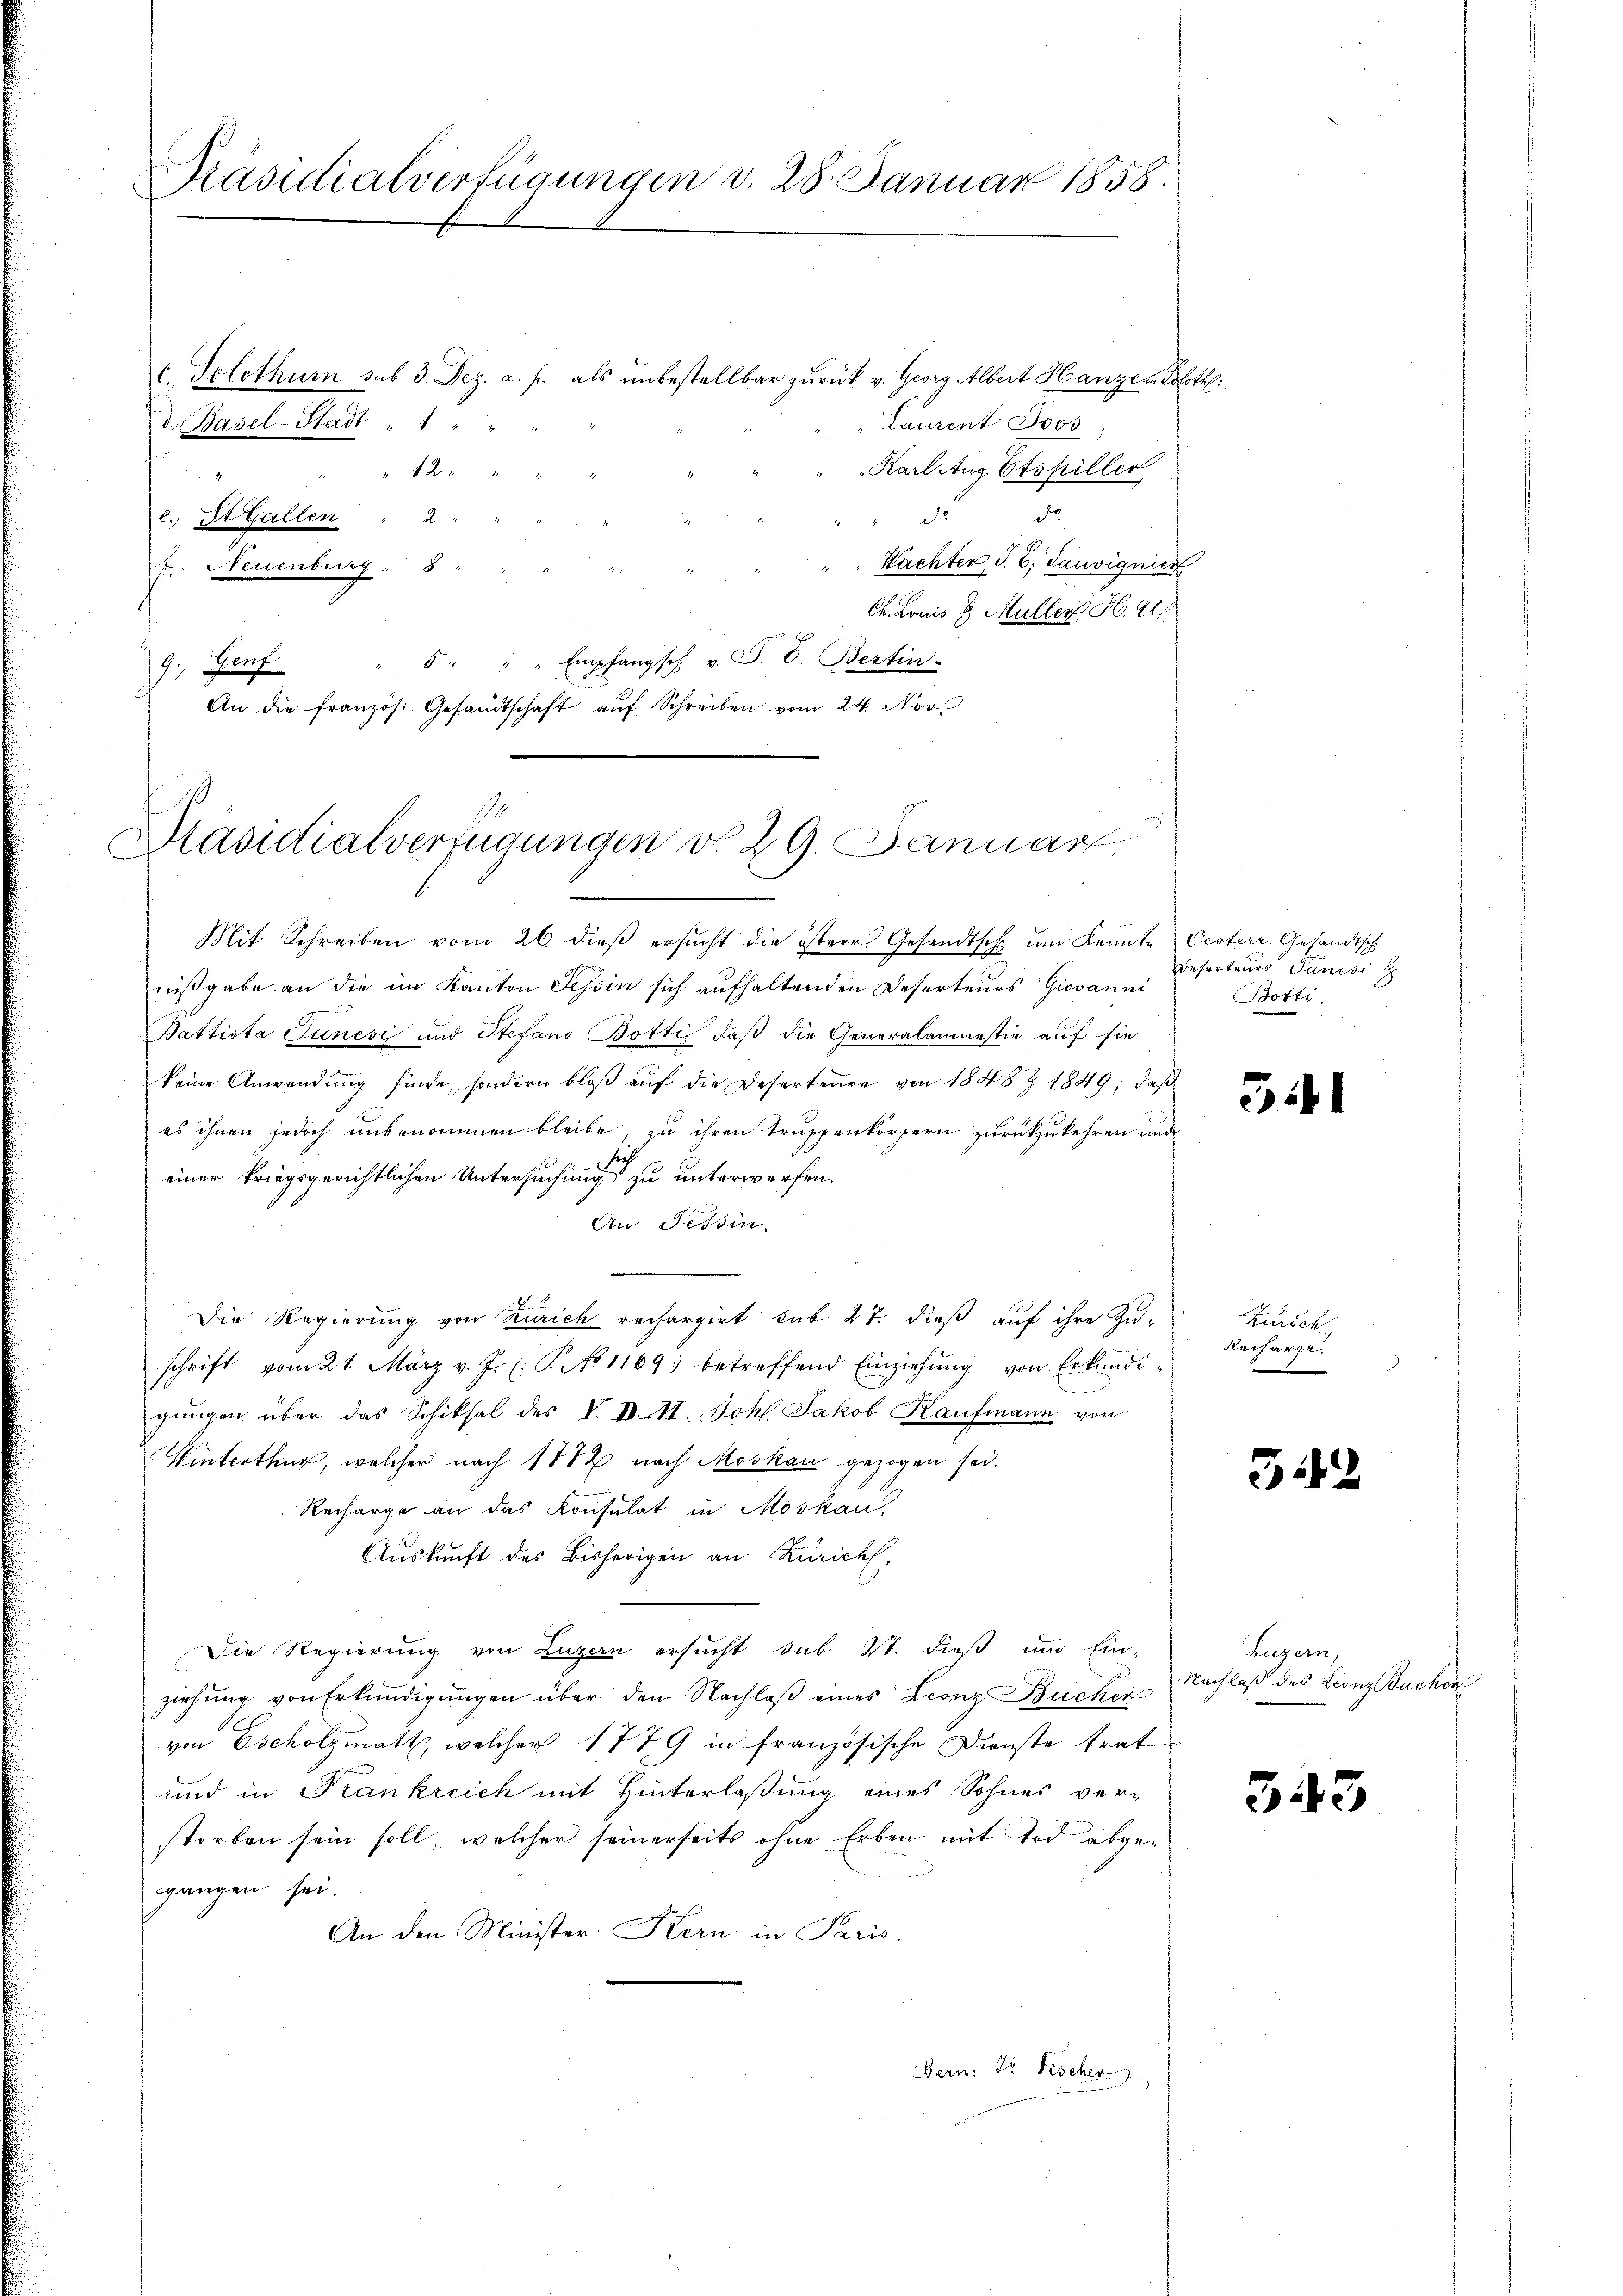
Präsidialverfügungen v. 28. Januar 1858.

d. Basel-Stadt " " " "
e. St. Gallen " 2 "
g

c. Solothurn sub 3. Dez. a. p. als unbestellbar zurück v. Georg Albert Hanze in Soloth
Laurent Jos
Karl Aug Etspiller
" " 12 "
dede
Wachter, S. B. Tauvignier
s Neuenburg, 8
Ch. Louis & Müller H. A
d " " Empfangsch. v. P. V. Bertin
9., Hinf
A.
die französ. Gesandtschaft auf Schreiben vom 24. Nov.

1
Präsidialverfügungen v. 29. Januar

Mit Schreiben vom 26. dieβ ersŭcht die östere Gesandtsch um Kennte Oesterr. Gesandtsch
nißgabe an die im Kanton Tessin sich aufhaltenden Deserteurs Giovanni
Battista Junesi und Stefano Bottis daß die Generalaumestie auf sie
keine Anwendung finde, sondern bloß auf die Deserteure von 1848 Z. 1849; daß
es ihnen jedoch unbenommen bleibe, zu ihren Truppenkörpern zurückzukehren und
einer kriegsgerichtlichen Untersuchung zu unterwerfen.
An Tessin,
Die Regierung von Zürich rechargirt sub 27. dieß auf ihre Zu-
schrift vom 21. März v. J. (T. No 1169) betreffend Einziehŭng von Erkundi-
gŭngen über das Schiksal des V. D. M. Joh. Jakob Kaufmann von
Winterthur, welcher nach 1882 nach Moskau gezogen sei.
Recharge an das Konsulat in Moskau
Auskunft des Bisherigen an Zürich
Die Regierung von Luzern ersucht sub 2t. dieß um Ein-
ziehung von Erkundigungen über den Nachlaß eines Leonz Bücher
von Escholzmatt, welcher 1779 in französische Dienste trat
und in Frankreich mit Hinterlaßung eines Sohnes ver-
storben sein soll, welcher seinerseits ohne Erben mit Tod abgegangen sei.
An den Minister Kern in Paris
Bern: Hr. Fischer

Deserteurs Junesi z
Botti,

541

Zürich
Recharge.

512

Luzern,
Nachlaß des Leonz Bucher

343